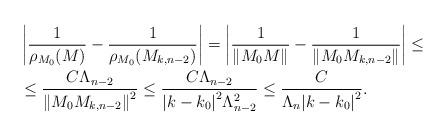
LaTeX: \begin{align*}&\left|\frac{1}{\rho_{M_0}(M)}-\frac{1}{\rho_{M_0}(M_{k,n-2})}\right| =\left|\frac{1}{\|M_0 M\|}-\frac{1}{\|M_0 M_{k,n-2}\|}\right|\leq \\&\leq\frac{C\Lambda_{n-2}}{{\|M_0 M_{k,n-2}\|}^2} \leq \frac{C\Lambda_{n-2}}{{|k-k_0|}^2 \Lambda^{2}_{n-2}}\leq\frac{C}{\Lambda_n{|k-k_0|}^2}.\end{align*}